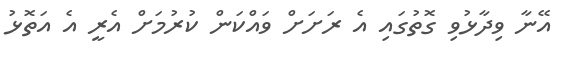
އޭނާ ވިދާޅުވި ގޮތުގައި އެ ރަށަށް ވައްކަން ކުރުމަށް އެރީ އެ އަތޮޅު